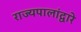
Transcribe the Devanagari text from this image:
राज्यपालांद्वारे